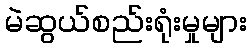
မဲဆွယ်စည်းရုံးမှုများ